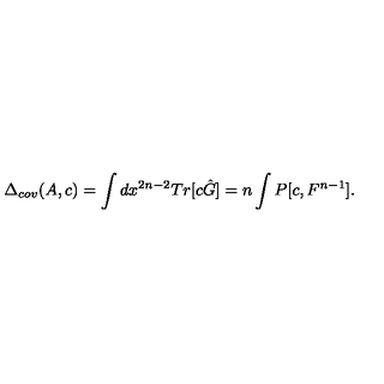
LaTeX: \Delta _ { c o v } ( A , c ) = \int d x ^ { 2 n - 2 } T r [ c \hat { G } ] = n \int P [ c , F ^ { n - 1 } ] .